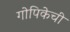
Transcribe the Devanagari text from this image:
गोपिकेची